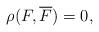
LaTeX: \begin{align*}\rho(F, \overline{F})=0, \end{align*}